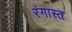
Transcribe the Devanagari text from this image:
रंगास्त